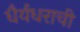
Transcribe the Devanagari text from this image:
धैर्यधराची